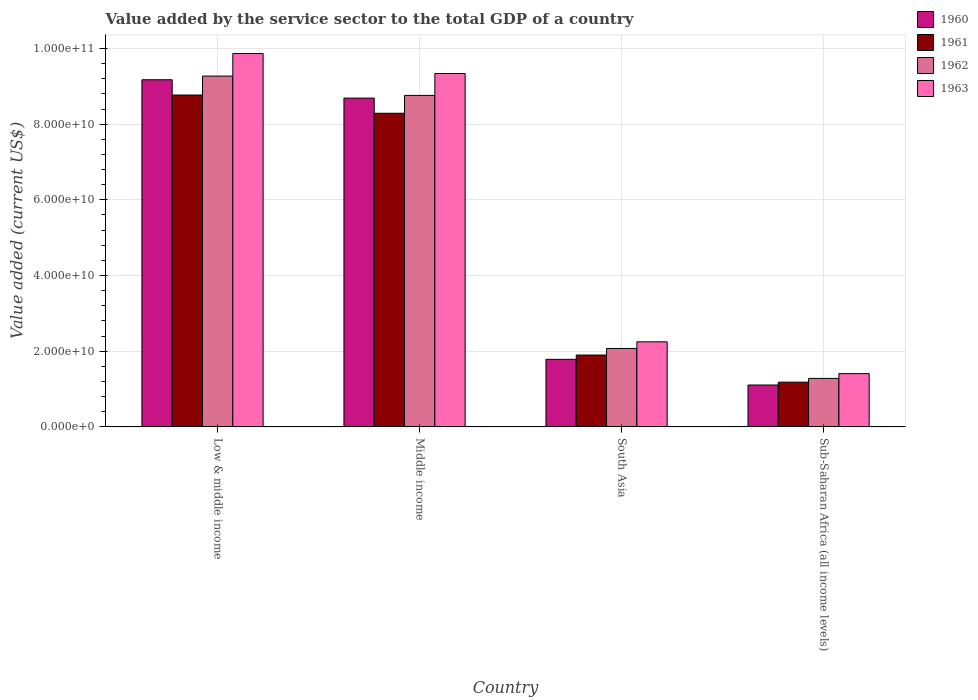
| Country | 1960 | 1961 | 1962 | 1963 |
 | --- | --- | --- | --- | --- |
 | Low & middle income | 9.17e+10 | 8.77e+10 | 9.27e+10 | 9.87e+10 |
 | Middle income | 8.69e+10 | 8.29e+10 | 8.76e+10 | 9.34e+10 |
 | South Asia | 1.79e+10 | 1.9e+10 | 2.07e+10 | 2.25e+10 |
 | Sub-Saharan Africa (all income levels) | 1.11e+10 | 1.18e+10 | 1.28e+10 | 1.41e+10 |